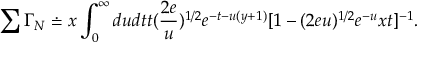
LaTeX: \sum \Gamma _ { N } \doteq x \int _ { 0 } ^ { \infty } d u d t t ( \frac { 2 e } { u } ) ^ { 1 / 2 } e ^ { - t - u ( y + 1 ) } [ 1 - ( 2 e u ) ^ { 1 / 2 } e ^ { - u } x t ] ^ { - 1 } .